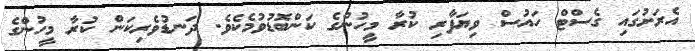
އެރަށުގައި ގެސްޓް ހައުސް ވިޔަފާރި ކުރާ މީހުންގެ ކަންބޮޑުވުމެކެވެ. ދަނޑުވެރިކަން ކުރާ މީހުންގެ